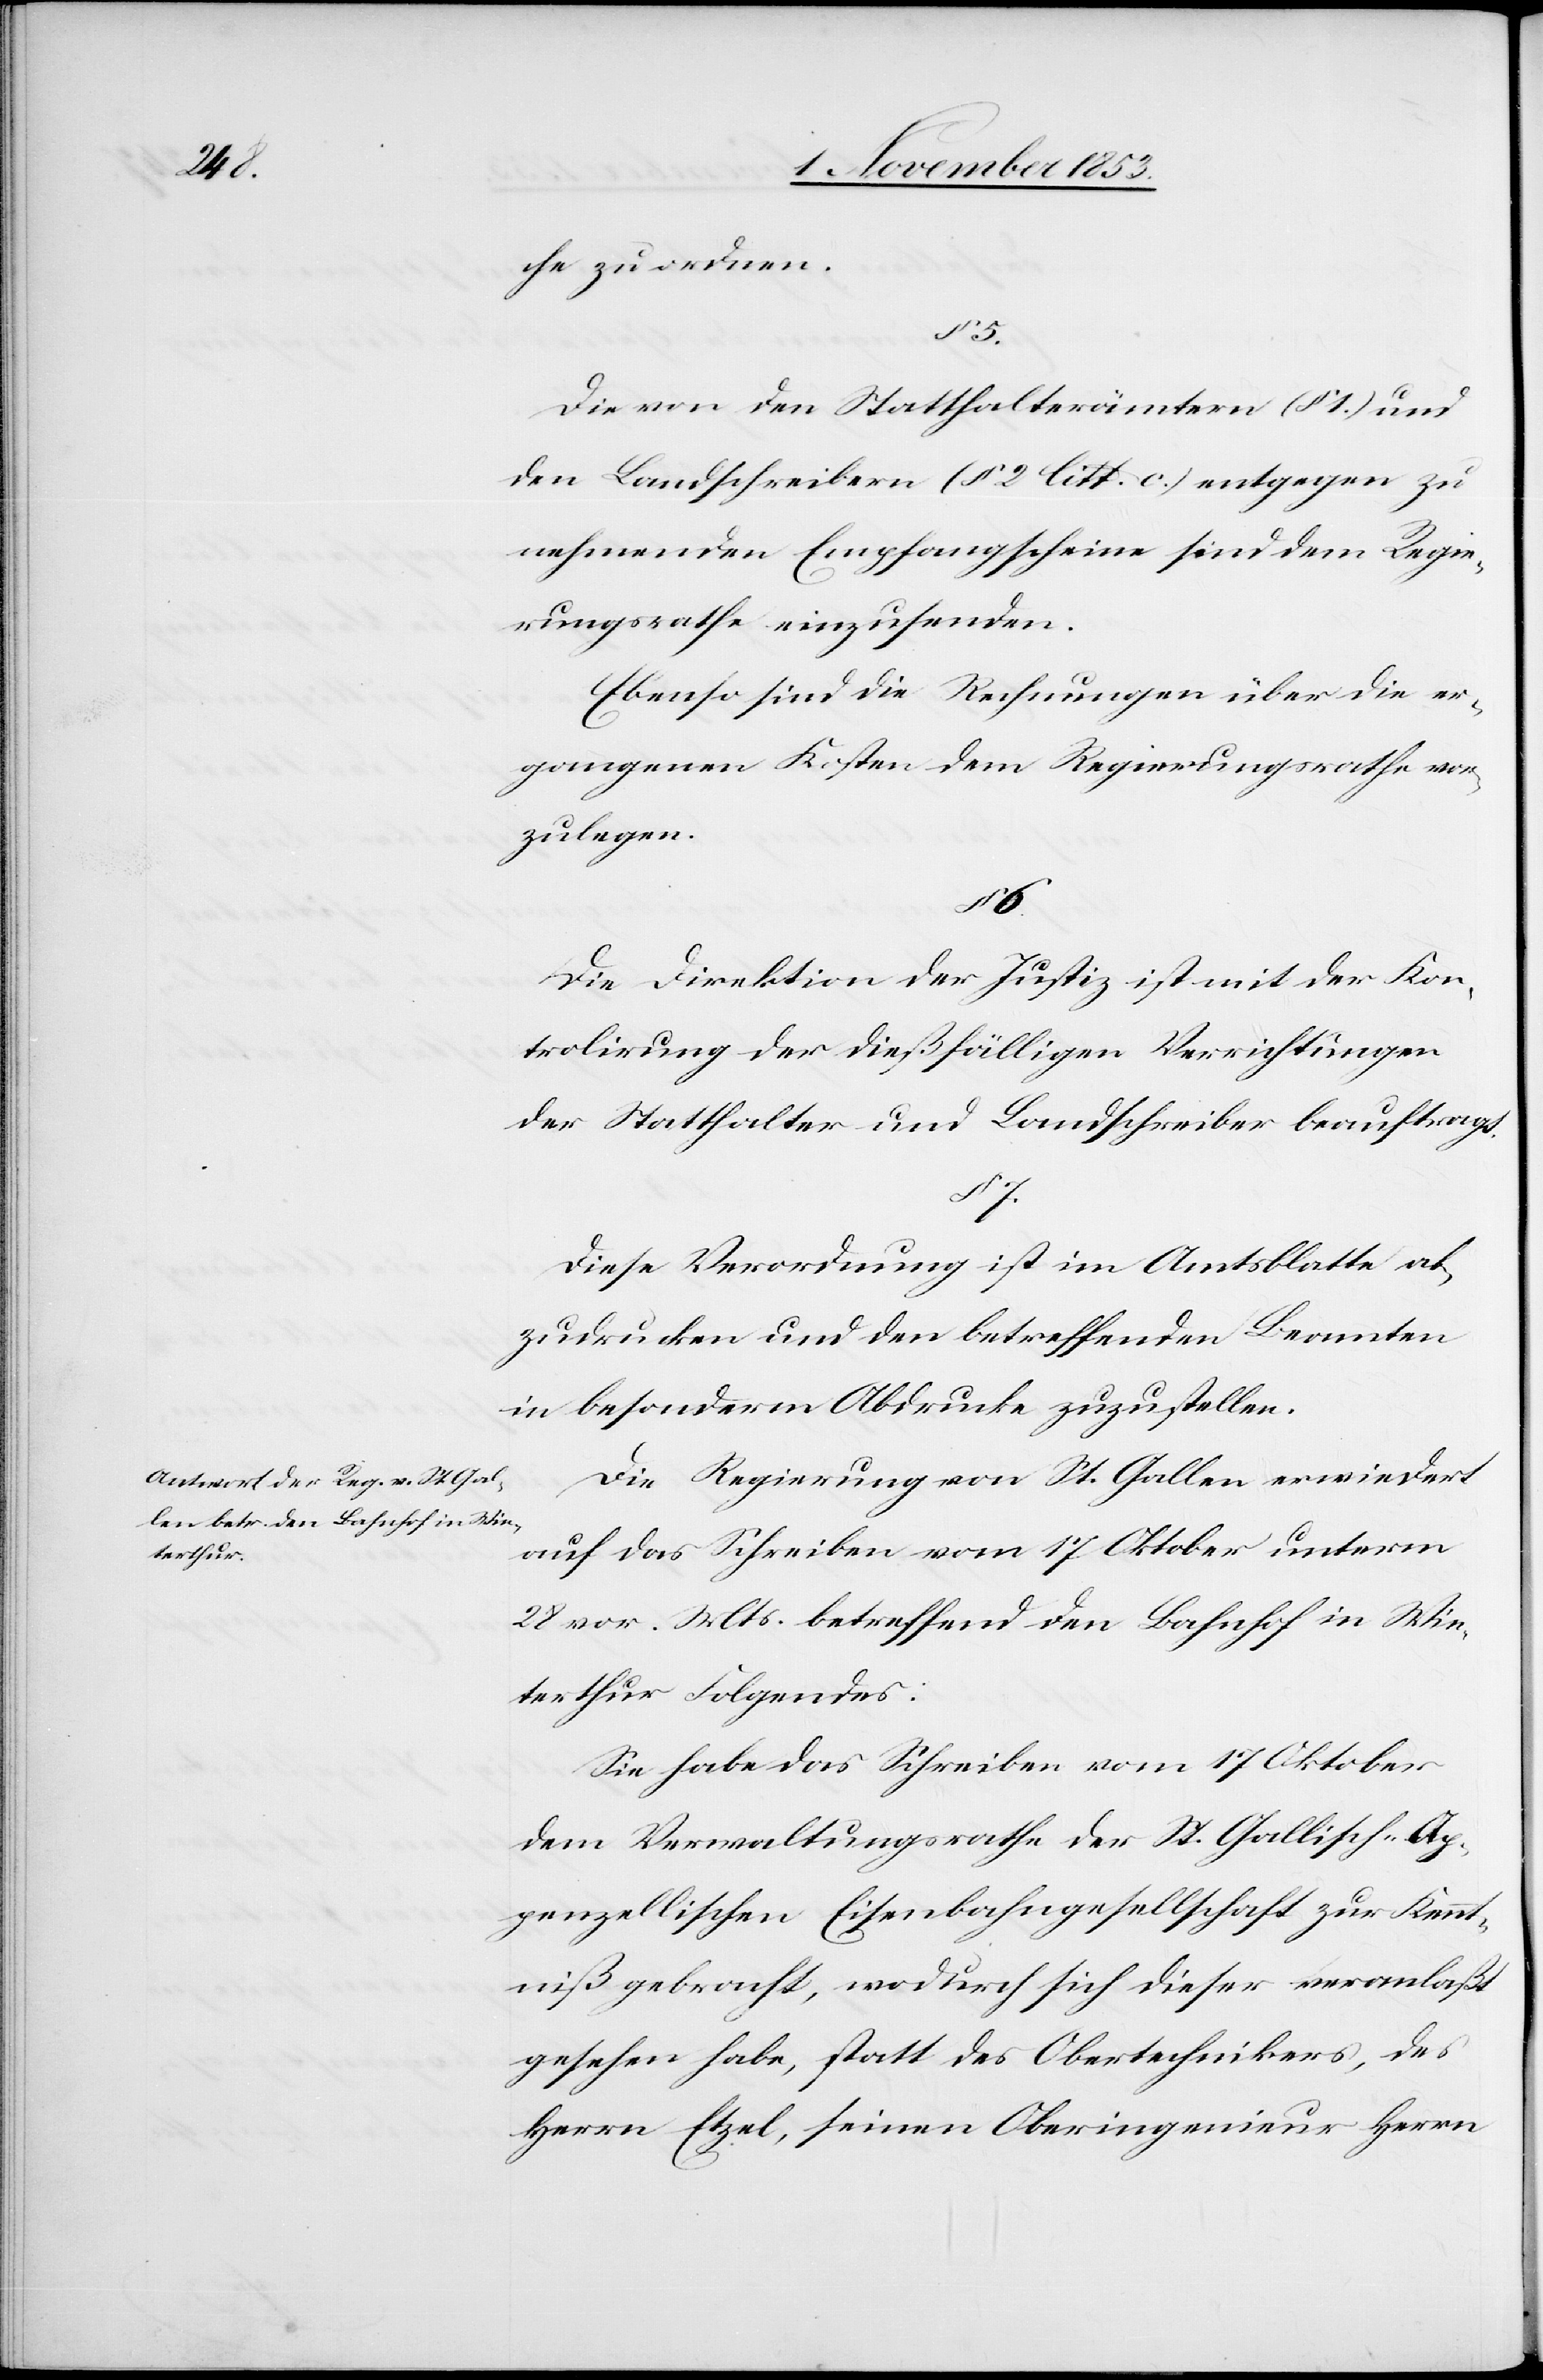
che zu ordnen.
Die von dem Statthalteramte (§ 1.) und
den Landschreibern (§ 2 litt c.) entgegen zu
nehmenden Empfangsscheine sind dem Regie¬
rungsrathe einzusenden.
Ebenso sind die Rechnungen über die ei¬
gangenen Kosten dem Regierungsrathe vor¬
zulegen.
6.
Die Direktion der Justiz ist mit der Kon¬
trolirung der dießfälligen Verrichtungen
der Statthalter und Landschreiber beauftragt.
§ 7.
Diese Verordnung ist im Amtsblatte ab¬
zudrucken und den betreffenden Beamten
in besonderm Abdrucke zuzustellen.
Die Regierung von St. Gallen erwiedert
auf das Schreiben vom 17 Oktober unterm
28 vor. Mts. betreffend den Bahnhof in Win¬
terthur Folgendes:
Sie habe das Schreiben vom 17 Oktober
dem Verwaltungsrathe der St. Gallisch-Ap¬
penzellischen Eisenbahngesellschaft zur Kennt¬
niß gebracht, wodurch sich dieser veranlaßt
gesehen habe, statt des Obertechnikers, des
Herrn Etzel, seinen Oberingenieur Herrn